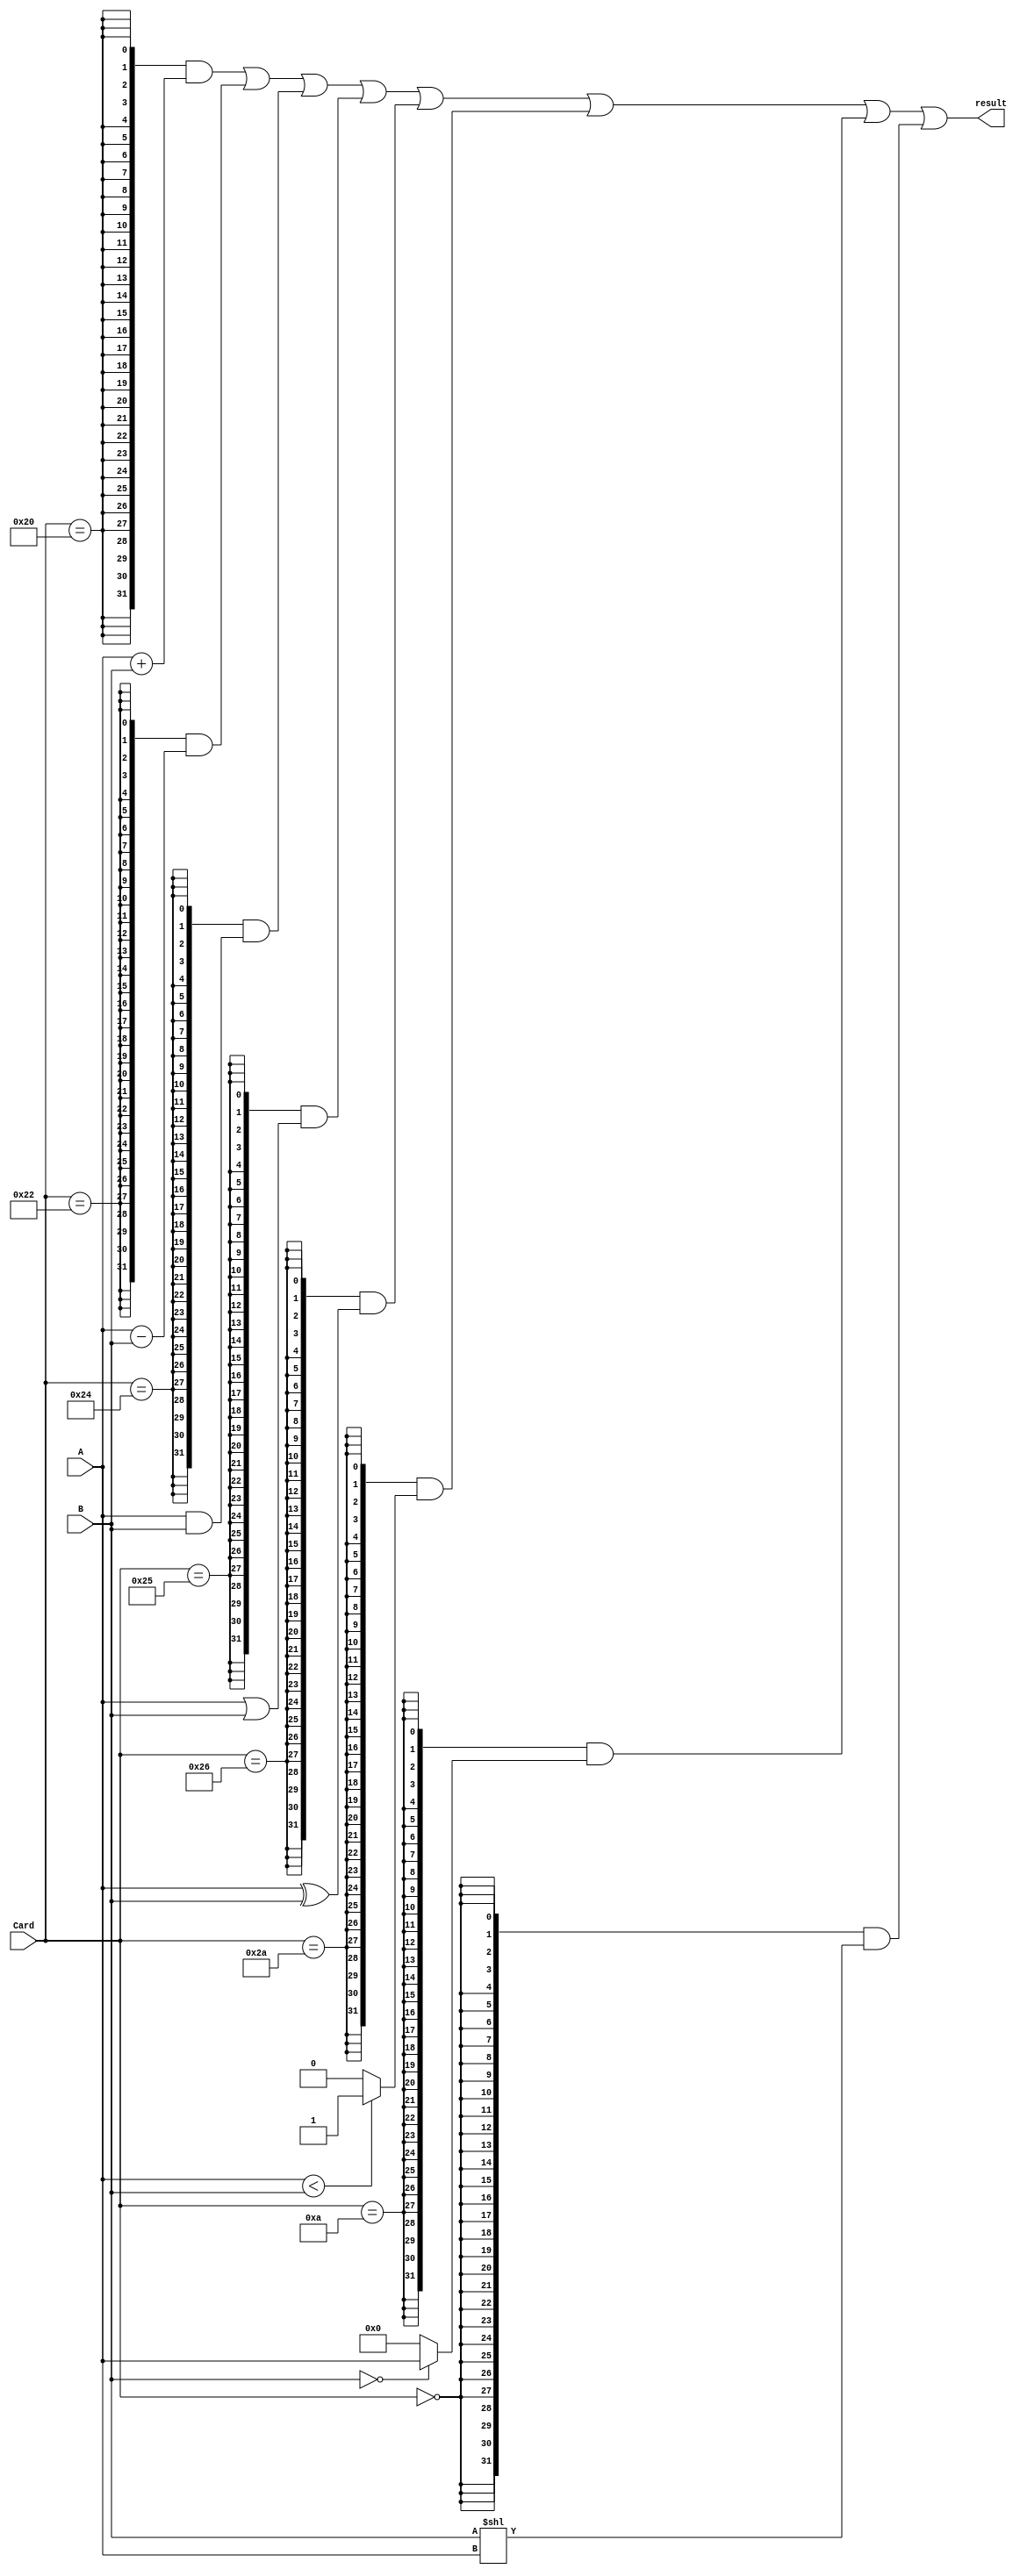
`timescale 1ns / 1ps
//////////////////////////////////////////////////////////////////////////////////
// Company: 
// Engineer: 
// 
// Design Name: 
// Module Name: alu
// Project Name: 
// Target Devices: 
// Tool Versions: 
// Description: 
// 
// Dependencies: 
// 
// Revision:
// Revision 0.01 - File Created
// Additional Comments:
// 
//////////////////////////////////////////////////////////////////////////////////

// define all calculator
`define ADD  6'b100000
`define SUB  6'b100010
`define AND  6'b100100
`define OR   6'b100101
`define XOR  6'b100110
`define SLT  6'b101010
`define MOVZ 6'b001010
`define SLL  6'b000000
`define A    6'b000001
`define B    6'b000010

module alu (
    input  [31:0]   A   ,
    input  [31:0]   B   ,
    input  [5:0]  Card,
    output [31:0] result
);

    wire [31:0] add_result ;
    wire [31:0] sub_result ;
    wire [31:0] and_result ;
    wire [31:0] or_result  ;
    wire [31:0] xor_result ;
    wire [31:0] slt_result ;
    wire [31:0] movz_result;
    wire [31:0] sll_result ;

    assign add_result  = A + B;
    assign sub_result  = A - B;
    assign and_result  = A & B;
    assign or_result   = A | B;
    assign xor_result  = A ^ B;
    assign slt_result  = (A < B) ? 32'b1 : 32'b0;
    assign movz_result = (B == 32'b0) ? A : 32'b0;
    assign sll_result  = B << A;
    
    assign  result   =   ({32{Card == `ADD }}  & add_result)   |
                         ({32{Card == `SUB }}  & sub_result)   |
                         ({32{Card == `AND }}  & and_result)   |
                         ({32{Card == `OR  }}  & or_result)    |
                         ({32{Card == `XOR }}  & xor_result)   |
                         ({32{Card == `SLT }}  & slt_result)   |
                         ({32{Card == `MOVZ}}  & movz_result)  |
                         ({32{Card == `SLL }}  & sll_result);

endmodule